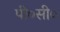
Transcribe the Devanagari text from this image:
पी०सी०